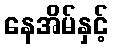
နေအိမ်နှင့်